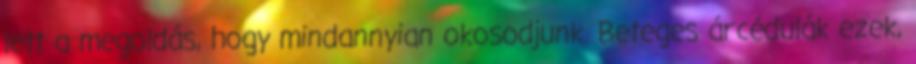
lett a megoldás, hogy mindannyian okosodjunk. Beteges árcédulák ezek,